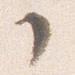
了